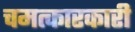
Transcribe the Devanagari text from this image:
चमत्कारकारी